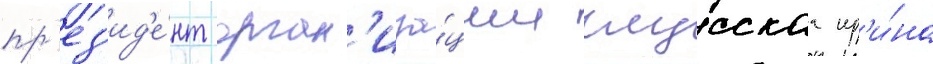
пр'ез'ид'е́нт орган'иза́ции глусскаа ир'и́на